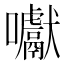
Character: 囐